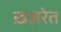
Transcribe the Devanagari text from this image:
ख़ज़रेत